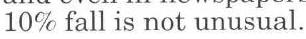
10% fall is not unusual.